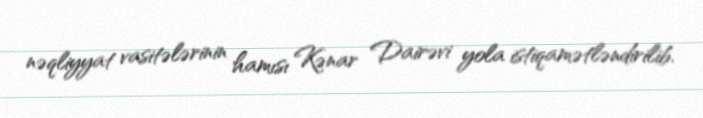
nəqliyyat vasitələrinin hamısı Kənar Dairəvi yola istiqamətləndirilib.